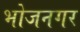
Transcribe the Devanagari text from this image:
भोजनगर